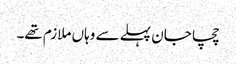
چچا جان پہلے سے وہاں ملازم تھے۔